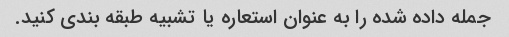
جمله داده شده را به عنوان استعاره یا تشبیه طبقه بندی کنید.